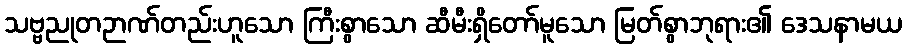
သဗ္ဗညုတဉာဏ်တည်းဟူသော ကြီးစွာသော ဆီမီးရှိတော်မူသော မြတ်စွာဘုရား၏ ဒေသနာမယ